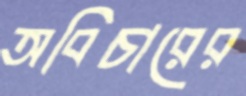
অবিচারের